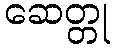
ဆေတ္တု